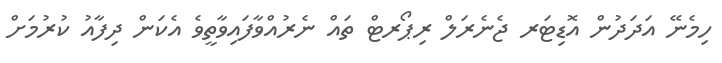
ހިމެނޭ އަދަދުން އޮޑިޓަރ ޖެނެރަލް ރިޕޯރޓް ތައް ނެރުއްވާފައިވާތީވެ އެކަން ދިފާއު ކުރުމަށް